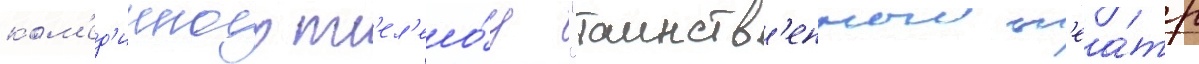
ком'ед'ииного т'ел'ешо́у "таинств'енныи т'еа́тр